Annual report of the Punjab Veterinary College and of the Civil Veterinary Department, Punjab - 1894-1908
Year: 1894
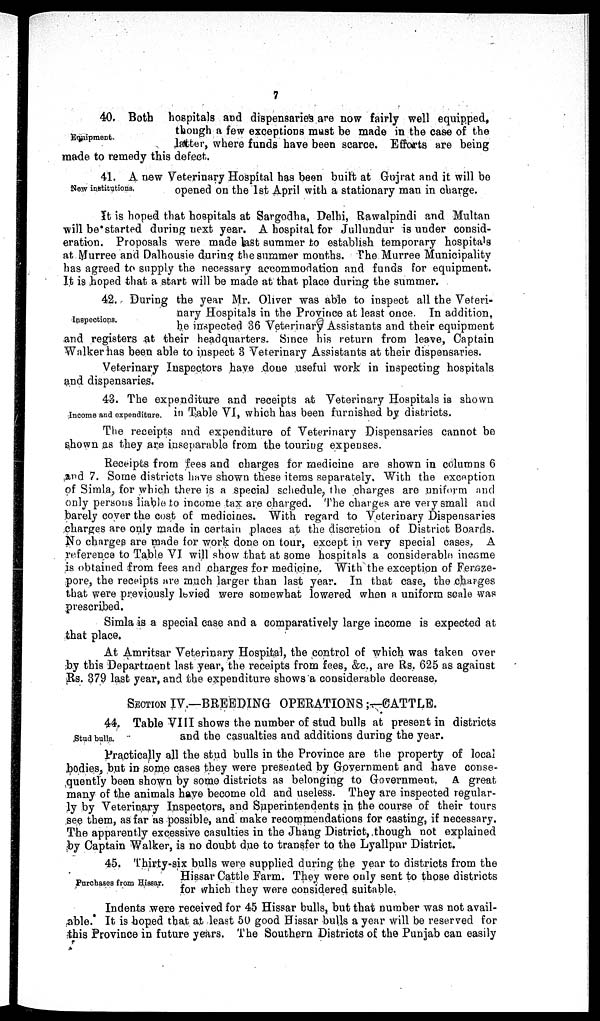
7
Equipment.
40. Both hospitals and dispensaries are now fairly well equipped,
though a few exceptions must be made in the case of the
latter, where funds have been scarce. Efforts are being
made to remedy this defect.
New institutions.
41. A new Veterinary Hospital has been built at Gujrat and it will be
opened on the 1st April with a stationary man in charge.
It is hoped that hospitals at Sargodha, Delhi, Rawalpindi and Multan
will be started during next year. A hospital for Jullundur is under consid-
eration. Proposals were made last summer .to establish temporary hospitals
at Murree and Dalhousie during the summer months. The Murree Municipality
has agreed to supply the necessary accommodation and funds for equipment.
It is hoped that a start will be made at that place during the summer.
Inspections.
42. During the year Mr. Oliver was able to inspect all the Veteri-
nary Hospitals in the Province at least once. In addition,
he inspected 36 Veterinary Assistants and their equipment
and registers at their headquarters. Since his return from leave, Captain
Walker has been able to inspect 3 Veterinary Assistants at their dispensaries.
Veterinary Inspectors have done useful work in inspecting hospitals
and dispensaries.
Income and expenditure.
43. The expenditure and receipts at Veterinary Hospitals is shown
in Table VI, which has been furnished by districts.
The receipts and expenditure of Veterinary Dispensaries cannot bo
shown as they are inseparable from the touring expenses.
Receipts from fees and charges for medicine are shown in columns 6
and 7. Some districts have shown these items separately. With the exception
of Simla, for which there is a special schedule, the charges are uniform and
only persons liable to income tax are charged. The charges are very small and
barely cover the cost of medicines. With regard to Veterinary Dispensaries
charges are only made in certain places at the discretion of District Boards.
No charges are made for work done on tour, except in very special cases. A
reference to Table VI will show that at some hospitals a considerable income
is obtained from fees and charges for medicine. With the exception of Feroze-
pore, the receipts are much larger than last year. In that case, the charges
that were previously levied were somewhat lowered when a uniform scale was
prescribed.
Simla is a special case and a comparatively large income is expected at
that place.
At Amritsar Veterinary Hospital, the control of which was taken over
by this Department last year, the receipts from fees, &c., are Rs. 625 as against
Rs. 379 last year, and the expenditure shows a considerable decrease.
SECTION IV.—BREEDING OPERATIONS;—CATTLE.
Stud bulls.
44. Table VIII shows the number of stud bulls at present in districts
and the casualties and additions during the year.
Practically all the stud bulls in the Province are the property of local
bodies, but in some cases they were presented by Government and have conse-
quently been shown by some districts as belonging to Government. A great
many of the animals have become old and useless. They are inspected regular-
ly by Veterinary Inspectors, and Superintendents in the course of their tours
see them, as far as possible, and make recommendations for casting, if necessary.
The apparently excessive casulties in the Jhang District, though not explained
by Captain Walker, is no doubt due to transfer to the Lyallpur District.
Purchases from Hissar.
45. Thirty-six bulls were supplied during the year to districts from the
Hissar Cattle Farm. They were only sent to those districts
for which they were considered suitable.
Indents were received for 45 Hissar bulls, but that number was not avail-
able. It is hoped that at least 50 good Hissar bulls a year will be reserved for
this Province in future years. The Southern Districts of the Punjab can easily